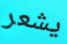
يشعر